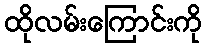
ထိုလမ်းကြောင်းကို